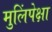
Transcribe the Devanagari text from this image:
मुलिंपेक्षा